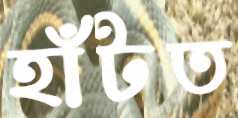
হাঁটত